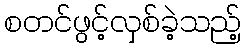
စတင်ဖွင့်လှစ်ခဲ့သည့်